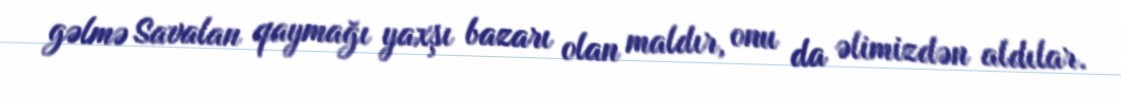
gəlmə Savalan qaymağı yaxşı bazarı olan maldır, onu da əlimizdən aldılar.